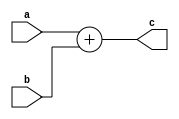
module adder (
    a,b, // input
    c    // output
);
    input  wire a,b;
    output wire c;
    // input and output are by default wire
    assign c = a+b;     // when we use assign we would use = and nothing else like <
endmodule